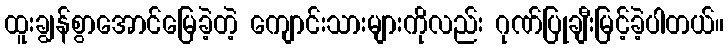
ထူးချွန်စွာအောင်မြေခဲ့တဲ့ ကျောင်းသားများကိုလည်း ဂုဏ်ပြုချီးမြင့်ခဲ့ပါတယ်။